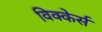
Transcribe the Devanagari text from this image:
विक्केर्स